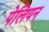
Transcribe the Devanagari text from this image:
पेलियन